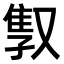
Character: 𫩇